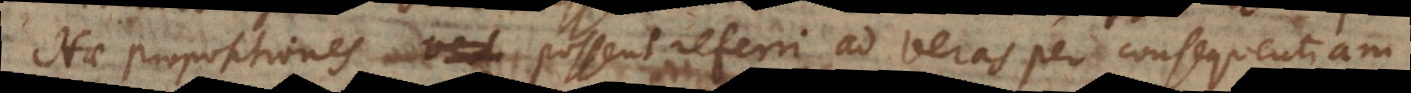
Hae propositiones possent referri ad veras per consequentiam